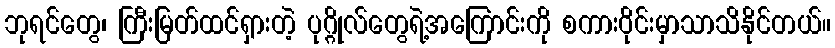
ဘုရင်တွေ၊ ကြီးမြတ်ထင်ရှားတဲ့ ပုဂ္ဂိုလ်တွေရဲ့အကြောင်းကို စကားဝိုင်းမှာသာသိနိုင်တယ်။